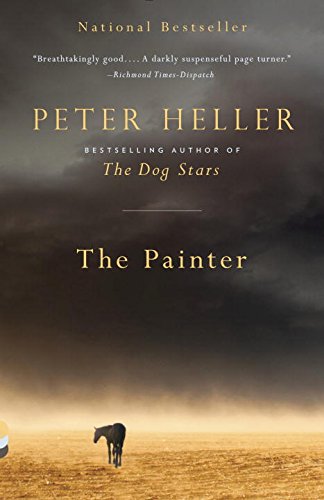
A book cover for The Painter; Peter Heller; Mystery, Thriller & Suspense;